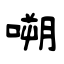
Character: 嗍